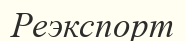
Реэкспорт